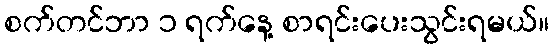
စက်တင်ဘာ ၁ ရက်နေ့ စာရင်းပေးသွင်းရမယ်။